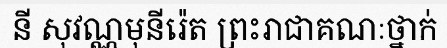
នី សុវណ្ណមុនីរ៉េត ព្រះរាជាគណៈថ្នាក់